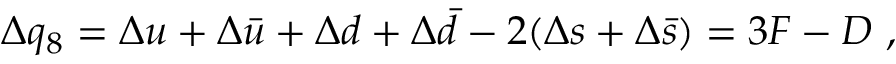
\Delta q _ { 8 } = \Delta u + \Delta \bar { u } + \Delta d + \Delta \bar { d } - 2 ( \Delta s + \Delta \bar { s } ) = 3 F - D ~ ,